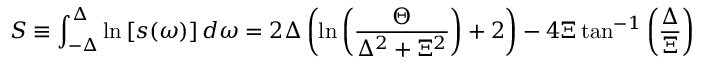
S \equiv \int _ { - \Delta } ^ { \Delta } \ln \left[ s ( \omega ) \right] d \omega = 2 \Delta \left( \ln \left( \frac { \Theta } { \Delta ^ { 2 } + \Xi ^ { 2 } } \right) + 2 \right) - 4 \Xi \tan ^ { - 1 } \left( \frac { \Delta } { \Xi } \right)